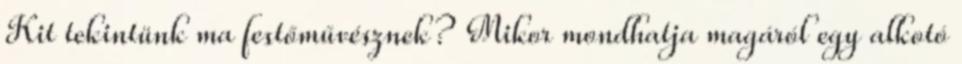
Kit tekintünk ma festőművésznek? Mikor mondhatja magáról egy alkotó